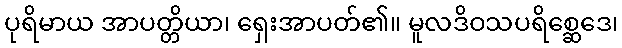
ပုရိမာယ အာပတ္တိယာ၊ ရှေးအာပတ်၏။ မူလဒိဝသပရိစ္ဆေဒေ၊